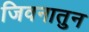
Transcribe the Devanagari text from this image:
जिवनातुन